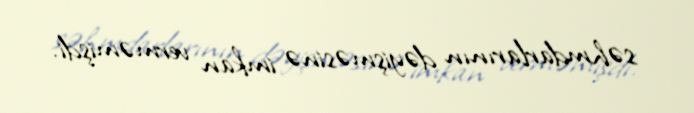
səhmdarlarının dəyişməsinə imkan verməmişdi.